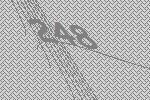
248